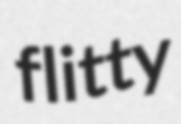
flitty